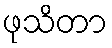
ဖုသိတာ